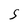
Character: S